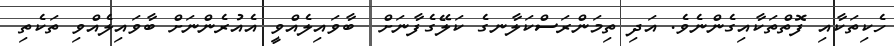
ހެކިތަކާއި ފޮތްތަކާއިގެންނެވެ. އަދި ތިމަންރަސްކަލާނގެ ކަލޭގެފާނަށް  ބާވައިލެއްވީ އެއުރެންނަށް ބާވައިލެއްވި ތަކެތި